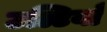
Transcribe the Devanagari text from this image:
उल्टियाँ